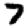
Digit: 7